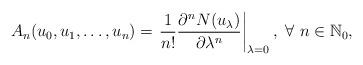
LaTeX: \begin{align*}A_n(u_0,u_1,\ldots,u_n)=\left.\frac{1}{n!}\frac{\partial^n N(u_\lambda)}{\partial \lambda^n} \right|_{\lambda=0},\ \forall\ n\in\mathbb{N}_0,\end{align*}